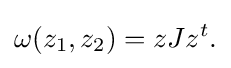
\displaystyle {\omega (z_{1},z_{2})=zJz^{t}.}